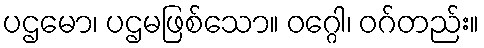
ပဌမော၊ ပဌမဖြစ်သော။ ဝဂ္ဂေါ၊ ဝဂ်တည်း။